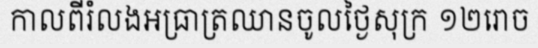
កាលពីរំលងអធ្រាត្រឈានចូលថ្ងៃសុក្រ ១២រោច